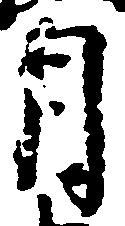
月